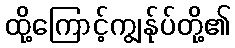
ထို့ကြောင့်ကျွန်ုပ်တို့၏